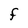
Character: F